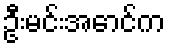
ဦးမင်းအောင်က